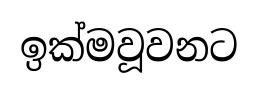
ඉක්මවූවනට